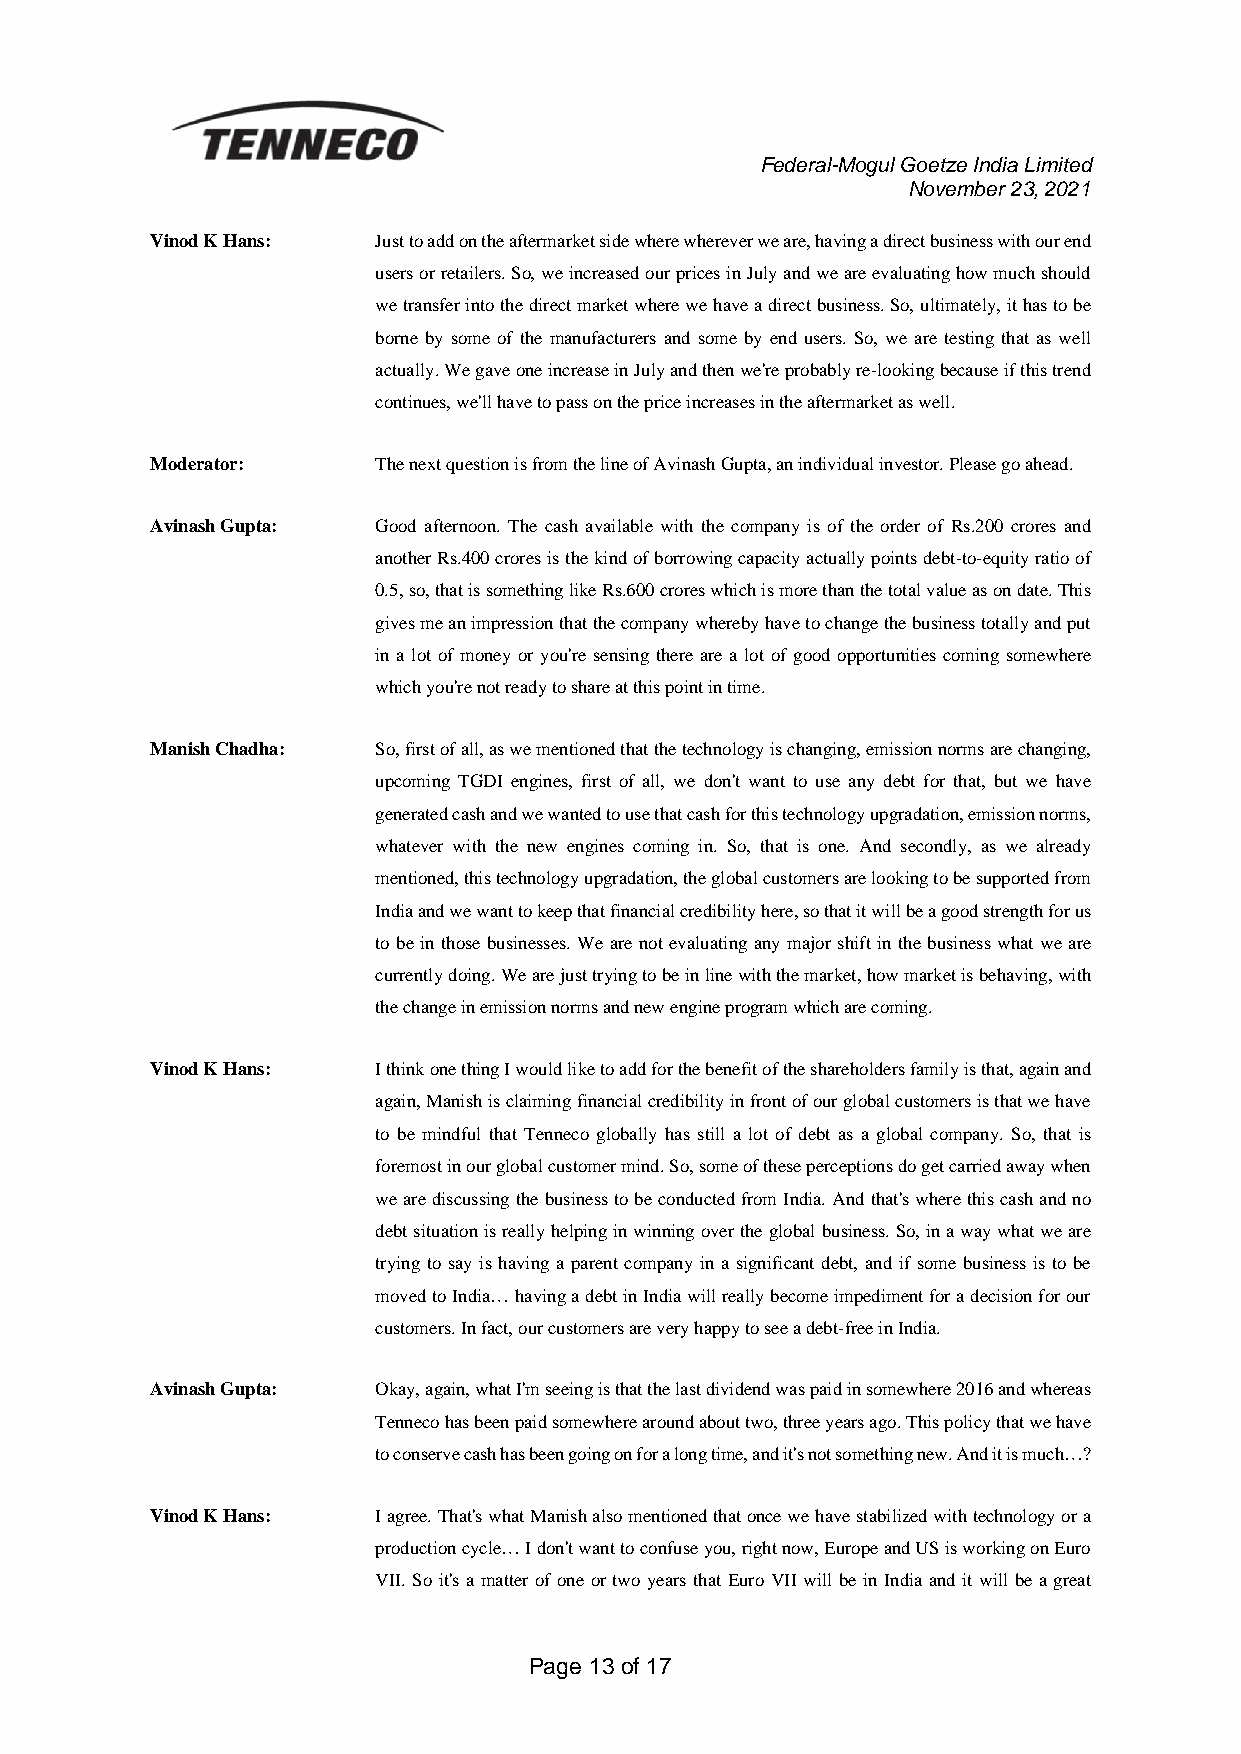
Federal-Mogul Goetze India Limited
 November 23, 2021
 Vinod K Hans:  Just to add on the aftermarket side where wherever we are, having a direct business with our end
 users or retailers. So, we increased our prices in July and we are evaluating how much should
 we transfer into the direct market where we have a direct business. So, ultimately, it has to be
 borne by some of the manufacturers and some by end users. So, we are testing that as well
 actually. We gave one increase in July and then we're probably re-looking because if this trend
 continues, we'll have to pass on the price increases in the aftermarket as well.
 Moderator:     The next question is from the line of Avinash Gupta, an individual investor. Please go ahead.
 Avinash Gupta: Good afternoon. The cash available with the company is of the order of Rs.200 crores and
 another Rs.400 crores is the kind of borrowing capacity actually points debt-to-equity ratio of
 0.5, so, that is something like Rs.600 crores which is more than the total value as on date. This
 gives me an impression that the company whereby have to change the business totally and put
 in a lot of money or you're sensing there are a lot of good opportunities coming somewhere
 which you're not ready to share at this point in time.
 Manish Chadha: So, first of all, as we mentioned that the technology is changing, emission norms are changing,
 upcoming TGDI engines, first of all, we don't want to use any debt for that, but we have
 generated cash and we wanted to use that cash for this technology upgradation, emission norms,
 whatever with the new engines coming in. So, that is one. And secondly, as we already
 mentioned, this technology upgradation, the global customers are looking to be supported from
 India and we want to keep that financial credibility here, so that it will be a good strength for us
 to be in those businesses. We are not evaluating any major shift in the business what we are
 currently doing. We are just trying to be in line with the market, how market is behaving, with
 the change in emission norms and new engine program which are coming.
 Vinod K Hans:  I think one thing I would like to add for the benefit of the shareholders family is that, again and
 again, Manish is claiming financial credibility in front of our global customers is that we have
 to be mindful that Tenneco globally has still a lot of debt as a global company. So, that is
 foremost in our global customer mind. So, some of these perceptions do get carried away when
 we are discussing the business to be conducted from India. And that's where this cash and no
 debt situation is really helping in winning over the global business. So, in a way what we are
 trying to say is having a parent company in a significant debt, and if some business is to be
 moved to India… having a debt in India will really become impediment for a decision for our
 customers. In fact, our customers are very happy to see a debt-free in India.
 Avinash Gupta: Okay, again, what I'm seeing is that the last dividend was paid in somewhere 2016 and whereas
 Tenneco has been paid somewhere around about two, three years ago. This policy that we have
 to conserve cash has been going on for a long time, and it's not something new. And it is much…?
 Vinod K Hans:  I agree. That's what Manish also mentioned that once we have stabilized with technology or a
 production cycle… I don't want to confuse you, right now, Europe and US is working on Euro
 VII. So it's a matter of one or two years that Euro VII will be in India and it will be a great
 Page 13 of 17